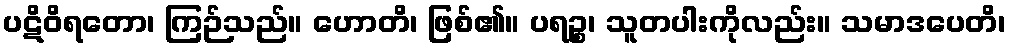
ပဋိဝိရတော၊ ကြဉ်သည်။ ဟောတိ၊ ဖြစ်၏။ ပရဉ္စ၊ သူတပါးကိုလည်း။ သမာဒပေတိ၊